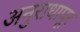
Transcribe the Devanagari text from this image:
अनुराधापूर